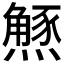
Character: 𭶝